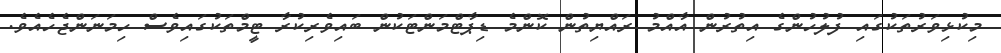
މިކުޅިވަރުތަކުގައި ފުލުހުންގެ އިތުރުން އާއްމު ރައްޔިތުން ކޮންމެ ޑިޕާޓްމަންޓަކުން ބައިވެރިކުރާ ޓީމްތަކުގައިވެސް ހިމަނަންޖެހެއެވެ.